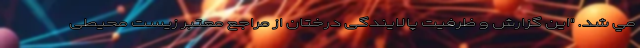
مي شد. "این گزارش و ظرفیت پالایندگی درختان از مراجع معتبر زیست محیطی